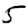
Digit: 5